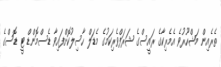
ތެރެއިން މަޝްހޫރުވެ އެމެރިކާގެ ރައީސްގެ ޝަރަފްވެރިކަމުގެ މެޑަލް ހާސިލުކޮށްފައިވާ ޑެސްމޮންޑް ޓީ ޑޮސްގެ